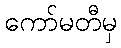
ကော်မတီမှ